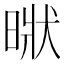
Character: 𣈚